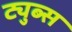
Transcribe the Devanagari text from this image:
ट्युब्स